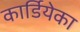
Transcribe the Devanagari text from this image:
कार्डियेका